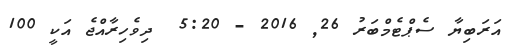
އަރަބިޔާ ސެޕްޓެމްބަރު 26